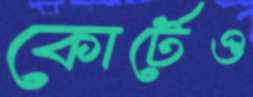
কোর্টেও